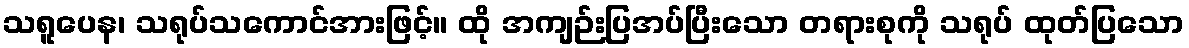
သရူပေန၊ သရုပ်သကောင်အားဖြင့်။ ထို အကျဉ်းပြအပ်ပြီးသော တရားစုကို သရုပ် ထုတ်ပြသော